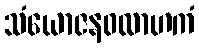
သံယောဇနဝလာဟကံ